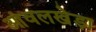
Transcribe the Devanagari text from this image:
आंवलखेड़ा